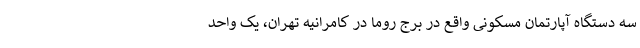
سه دستگاه آپارتمان مسکونی واقع در برج روما در کامرانیه تهران، یک واحد